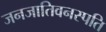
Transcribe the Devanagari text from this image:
जनजातिवनस्पति